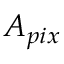
A _ { p i x }